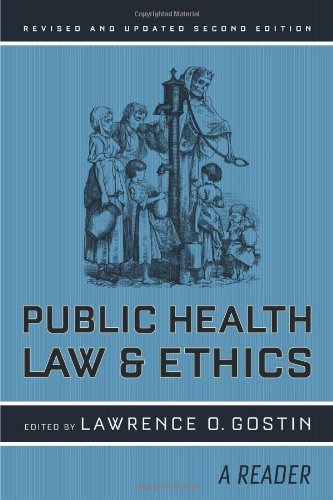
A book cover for Public Health Law and Ethics: A Reader (California/Milbank Books on Health and the Public); Medical Books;